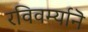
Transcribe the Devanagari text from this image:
रविवर्म्यानॆ